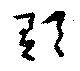
郁